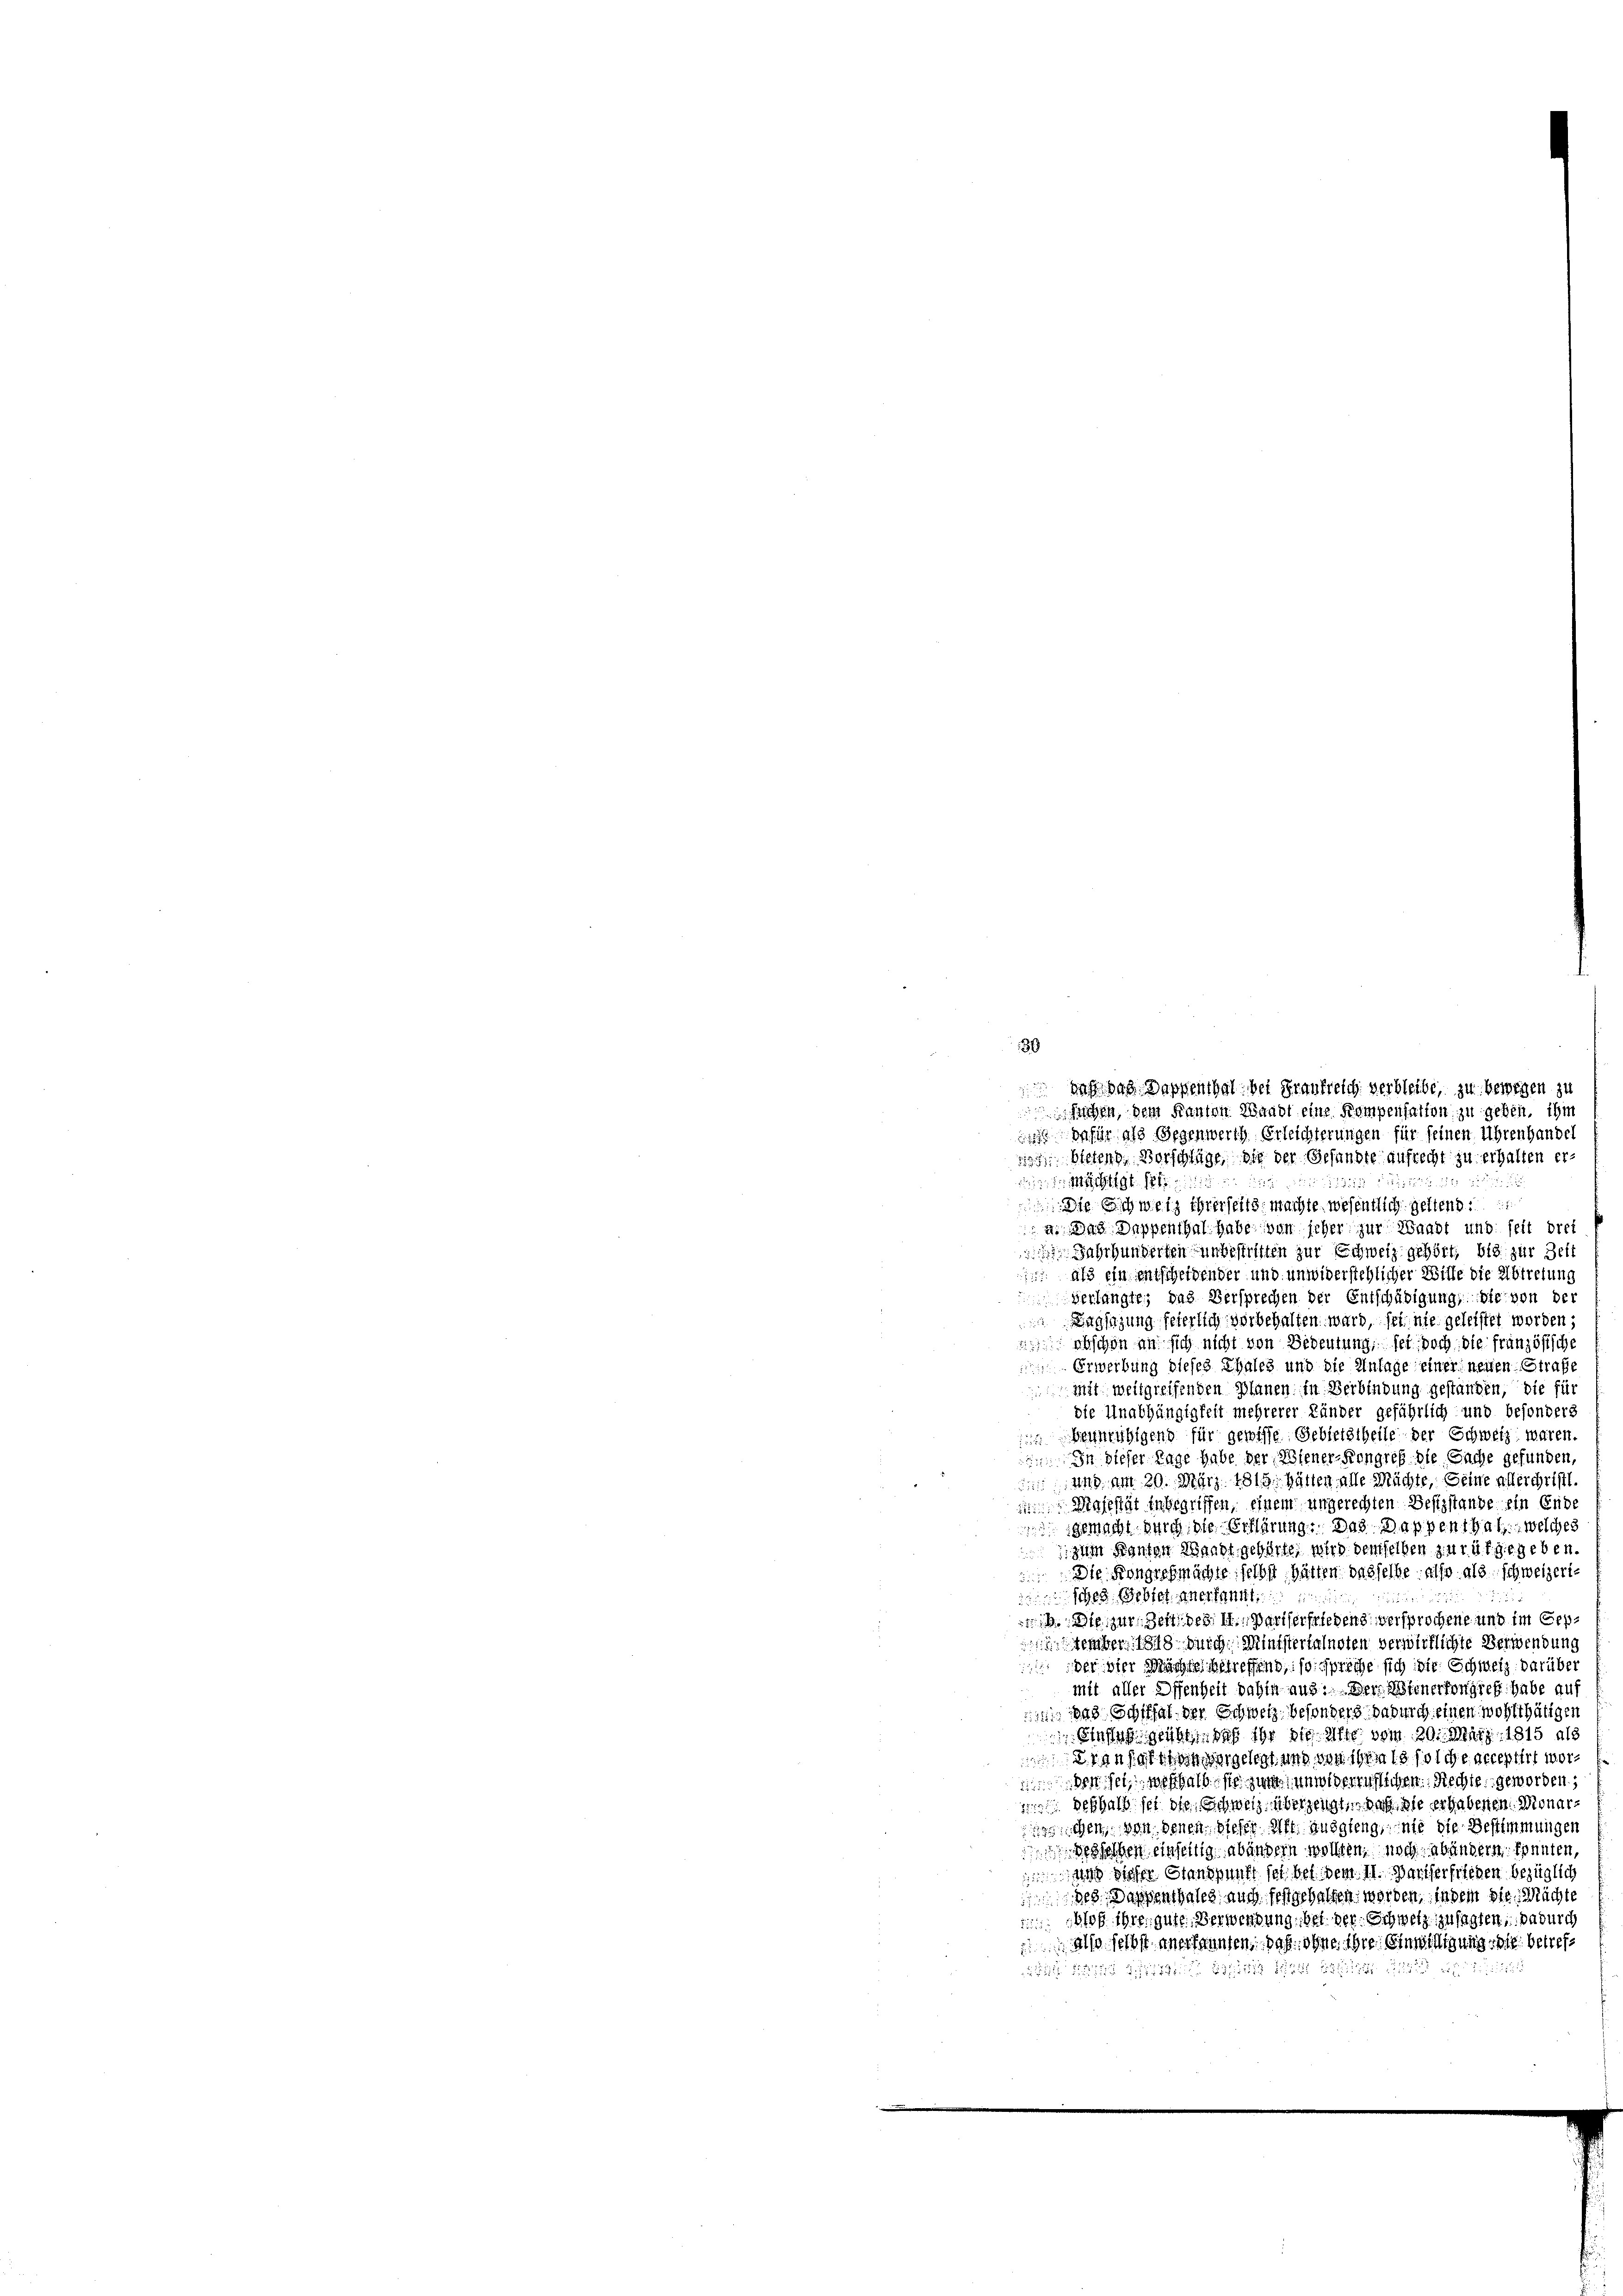
30

dafür als Gegenwerth Erleichterungen für seinen Uhrenhandel
 bietend. Vorschläge, die der Gesandte aufrecht zu erhalten erde
22
 Mächtigt se
 Die Schweiz ihrerseits machte wesentlich geltend.
a. Das Dappenthal habe von jeher zur Waadt und seit drei
 Fahrhunderten unbestritten zur Schweiz gehört, bis zur Zeit
 als ein entscheidender und unwiderstehlicher Witte die Abtretung
verlangte, das Versprechen der Entschädigung, die von der
 Tagsazung feierlich vorbehalten ward, sei nie geleistet worden;
 Abschon an sich nicht von Bedeutung, sei doch die französische
Erwerbung dieses Thales und die Anlage einer neuen Strafe
mit weilgreifenden Planen in Verbindung gestanden, die für
die Unabhängigkeit mehrerer Länder geführlich und besonders
beunruhigend für gewisse Gebietstheile der Schweiz waren.
 In dieser Tage habe der Wiener-Kongreß die Sache gefunden,
 und am 20. März 1815. hätten alle Mächte, seine allerchriftl
Majestät Inbegriffen, einem ungerechten Bestzstande ein Ende
 gemacht durch die Erklärung: Das Dappenthal, welches
zum Kanton Waadt gehörte, wird demselben zu rüt gegeben
 Die Kongresmächte selbst hätten dasselbe also als schweizeri
sches Gebiet anerkannt
a
b. Die zur Zeit des 11. Pariserfriedend versprochene und im Geptember 1818 durch Ministersalnoten verwirklichte Verwendung
 der vier Mächte getreffend, so spreche sich die Schweiz darüber
mit aller Offenheit dahin aus. Der Wienerfongief habe auf
1 das Schthal der Schweiz besonders dadurch einen wohlthätigen
 eines geist, daß ihr die Alte vom 20. März 1815 als
anhalten vergelegt und von ihres solche acceptirt worder ein weshalb sie zum unwiderruflichen Rechte geworden,
11 deshalb sei die Schweiz, überzeugten daß sie er habenen Monarichen von denen dieser Mit ausgieng, inte die Bestimmungen
esachen einseitig abändern wollten, noch abändern konnten,
n dieser Standpunkt sei bei dem 11. Pariserfrieden bezüglich
des Dassenthales auch festgehalten worden, in dem die Mächte
oß ihre gute Verwendung, bei der Schweiz zu sagten, dadurch
Also selbst anerkannten, daß ohne ihre Einwilligung die betref¬
 dits ist 2 45 E

daß das Dappenthal bei Fraufreich verbleibe, zu bewegen zu
Suchen, dem Kanton Waadt eine Kompensalten zu geben, ihm